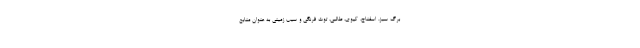
برگ سبز، اسفناج، کیوی، طالبی، توت فرنگی و سیب زمینی به عنوان منابع